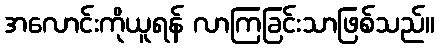
အလောင်းကိုယူရန် လာကြခြင်းသာဖြစ်သည်။